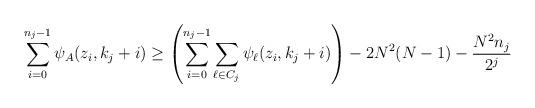
LaTeX: \begin{align*}\sum_{i=0}^{n_j-1}\psi_A(z_i,k_j+i) \geq\left( \sum_{i=0}^{n_j-1}\sum_{\ell \in C_j}\psi_\ell(z_i,k_j+i) \right)- 2N^2(N-1) - \frac{N^2n_j}{2^j}\end{align*}